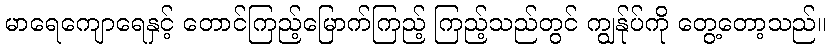
မာရေကျောရေနှင့် တောင်ကြည့်မြောက်ကြည့် ကြည့်သည်တွင် ကျွန်ုပ်ကို တွေ့တော့သည်။